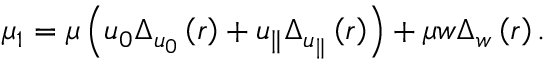
\mu _ { 1 } = \mu \left( u _ { 0 } \Delta _ { u _ { 0 } } \left( r \right) + u _ { \parallel } \Delta _ { u _ { \parallel } } \left( r \right) \right) + \mu w \Delta _ { w } \left( r \right) .